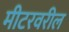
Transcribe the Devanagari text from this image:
मीटरवरील